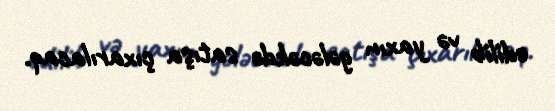
edilib və yaxın gələcəkdə satışa çıxarılacaq.